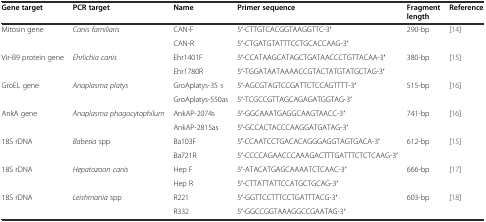
| Gene target | PCR target | Name | Primer sequence | Fragment length | Reference |
 | --- | --- | --- | --- | --- | --- |
 | <ROWSPAN=2> Mitosin gene | <ROWSPAN=2> Canis familiaris | CAN-F | 5′-CTTGTCACGGTAAGGTTC-3′ | <ROWSPAN=2> 290-bp | <ROWSPAN=2> [14] |
 | CAN-R | 5′-CTGATGTATTTCCTGCACCAAG-3′ |
 | <ROWSPAN=2> Vir-B9 protein gene | <ROWSPAN=2> Ehrlichia canis | Ehr1401F | 5′-CCATAAGCATAGCTGATAACCCTGTTACAA-3′ | <ROWSPAN=2> 380-bp | <ROWSPAN=2> [15] |
 | Ehr1780R | 5′-TGGATAATAAAACCGTACTATGTATGCTAG-3′ |
 | <ROWSPAN=2> GroEL gene | <ROWSPAN=2> Anaplasma platys | GroAplatys-35 s | 5′-AGCGTAGTCCGATTCTCCAGTTTT-3′ | <ROWSPAN=2> 515-bp | <ROWSPAN=2> [16] |
 | GroAplatys-550as | 5′-TCGCCGTTAGCAGAGATGGTAG-3′ |
 | <ROWSPAN=2> AnkA gene | <ROWSPAN=2> Anaplasma phagocytophilum | AnkAP-2074s | 5′-GGCAAATGAGGCAAGTAACC-3′ | <ROWSPAN=2> 741-bp | <ROWSPAN=2> [16] |
 | AnkAP-2815as | 5′-GCCACTACCCAAGGATGATAG-3′ |
 | <ROWSPAN=2> 18S rDNA | <ROWSPAN=2> Babesia spp | Ba103F | 5′-CCAATCCTGACACAGGGAGGTAGTGACA-3′ | <ROWSPAN=2> 612-bp | <ROWSPAN=2> [15] |
 | Ba721R | 5′-CCCCAGAACCCAAAGACTTTGATTTCTCTCAAG-3′ |
 | <ROWSPAN=2> 18S rDNA | <ROWSPAN=2> Hepatozoon canis | Hep F | 5′-ATACATGAGCAAAATCTCAAC-3′ | <ROWSPAN=2> 666-bp | <ROWSPAN=2> [17] |
 | Hep R | 5′-CTTATTATTCCATGCTGCAG-3′ |
 | <ROWSPAN=2> 18S rDNA | <ROWSPAN=2> Leishmania spp | R221 | 5′-GGTTCCTTTCCTGATTTACG-3′ | <ROWSPAN=2> 603-bp | <ROWSPAN=2> [18] |
 | R332 | 5′-GGCCGGTAAAGGCCGAATAG-3′ |